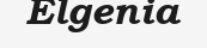
Elgenia